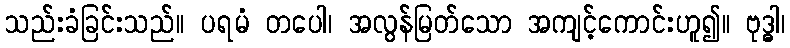
သည်းခံခြင်းသည်။ ပရမံ တပေါ၊ အလွန်မြတ်သော အကျင့်ကောင်းဟူ၍။ ဗုဒ္ဓါ၊